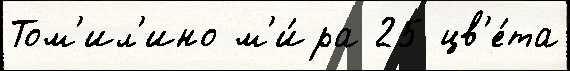
Том'ил'ино м'и́ра 25 цв'е́та